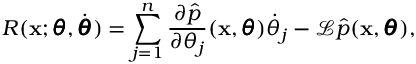
R ( \mathbf x ; \pmb \theta , \dot { \pmb \theta } ) = \sum _ { j = 1 } ^ { n } \frac { \partial \hat { p } } { \partial \theta _ { j } } ( \mathbf x , \pmb \theta ) \dot { \theta } _ { j } - \mathcal L \hat { p } ( \mathbf x , \pmb \theta ) ,